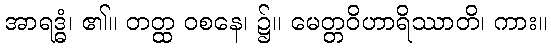
အာရဒ္ဓံ၊ ၏။ တတ္ထ ဝစနေ၊ ၌။ မေတ္တဝိဟာရိဿာတိ၊ ကား။